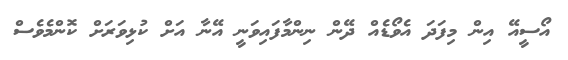
އޯސީއޭ އިން މިފަދަ އެވޯޑެއް ދޭން ނިންމާފައިވަނީ އޭނާ އަށް ކުޅިވަރަށް ކޮންމެވެސް